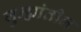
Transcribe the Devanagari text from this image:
गुन्ह्यांतील